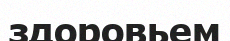
здоровьем